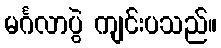
မင်္ဂလာပွဲ ကျင်းပသည်။